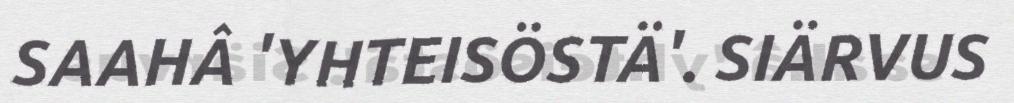
SAAHÂ 'YHTEISÖSTÄ'. SIÄRVUS